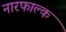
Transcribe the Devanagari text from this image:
नारफाल्क